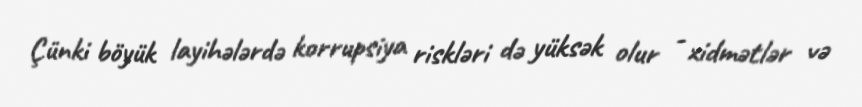
Çünki böyük layihələrdə korrupsiya riskləri də yüksək olur - xidmətlər və